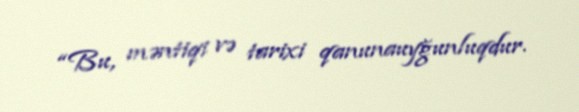
“Bu, məntiqi və tarixi qanunauyğunluqdur.